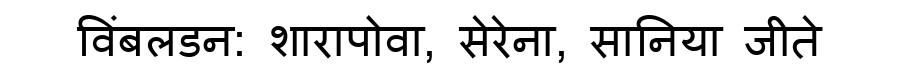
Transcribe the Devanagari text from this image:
विंबलडन: शारापोवा, सेरेना, सानिया जीते